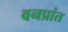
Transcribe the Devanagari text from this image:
वनप्रांत